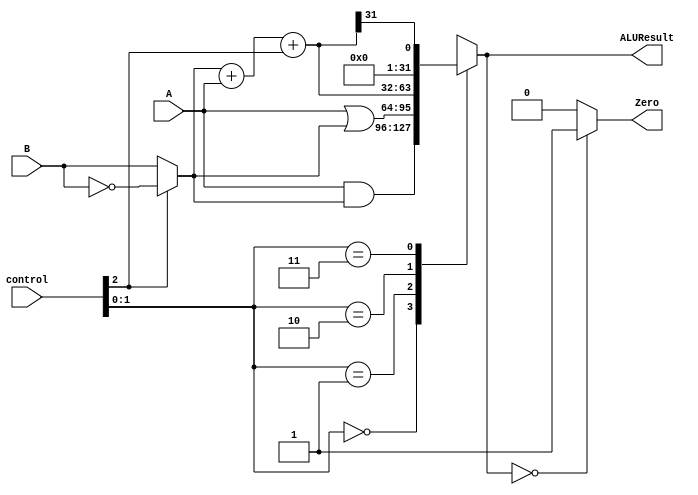
module alu(
    output reg [31:0] ALUResult,
    output reg Zero,
    input [31:0] A,
    input [31:0] B,
    input [2:0] control
);
    wire [31:0] notB, muxBout, S, andResult, orResult, SLT;

    // Addition overflow bit
    wire Cout;

    //1s compliment of B, we need to add 1 to make it 2s compliment.
    assign notB = ~B;

    // control[2] = 0, then muxBout = B, if control[2] = 1, then muxBout = notB
    assign muxBout = (control[2]) ? notB : B;

    assign {Cout, S} = muxBout + A + control[2]; // if control[2] = 1, then we need to add it to the sum to make sure we are adding 2s compliment numbers together

    assign andResult = A & muxBout;
    assign orResult = A | muxBout;
    assign SLT = {{31{1'b0}}, {S[31]}}; //If a > b, then z = 1. Else z = 0

    always @ (control[1:0] or andResult or orResult or S or SLT or ALUResult) begin
        case(control[1:0])
            2'b00: ALUResult = andResult;
            2'b01: ALUResult = orResult;
            2'b10: ALUResult = S;
            2'b11: ALUResult = SLT;
        endcase

        if (ALUResult == 32'h00000000) begin
            Zero <= 1;
        end else begin
            Zero <= 0;
        end
    end

endmodule